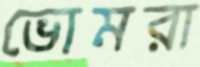
ভোমরা